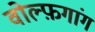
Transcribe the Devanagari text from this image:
वोल्फ़गांग